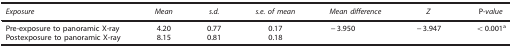
| Exposure | Mean | s.d. | s.e. of mean | Mean difference | Z | P-value |
 | --- | --- | --- | --- | --- | --- | --- |
 | Pre-exposure to panoramic X-ray | 4.20 | 0.77 | 0.17 | −3.950 | −3.947 | <0.001a |
 | Postexposure to panoramic X-ray | 8.15 | 0.81 | 0.18 |  |  |  |